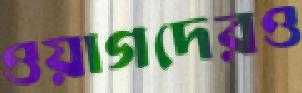
ওয়াগদেরও